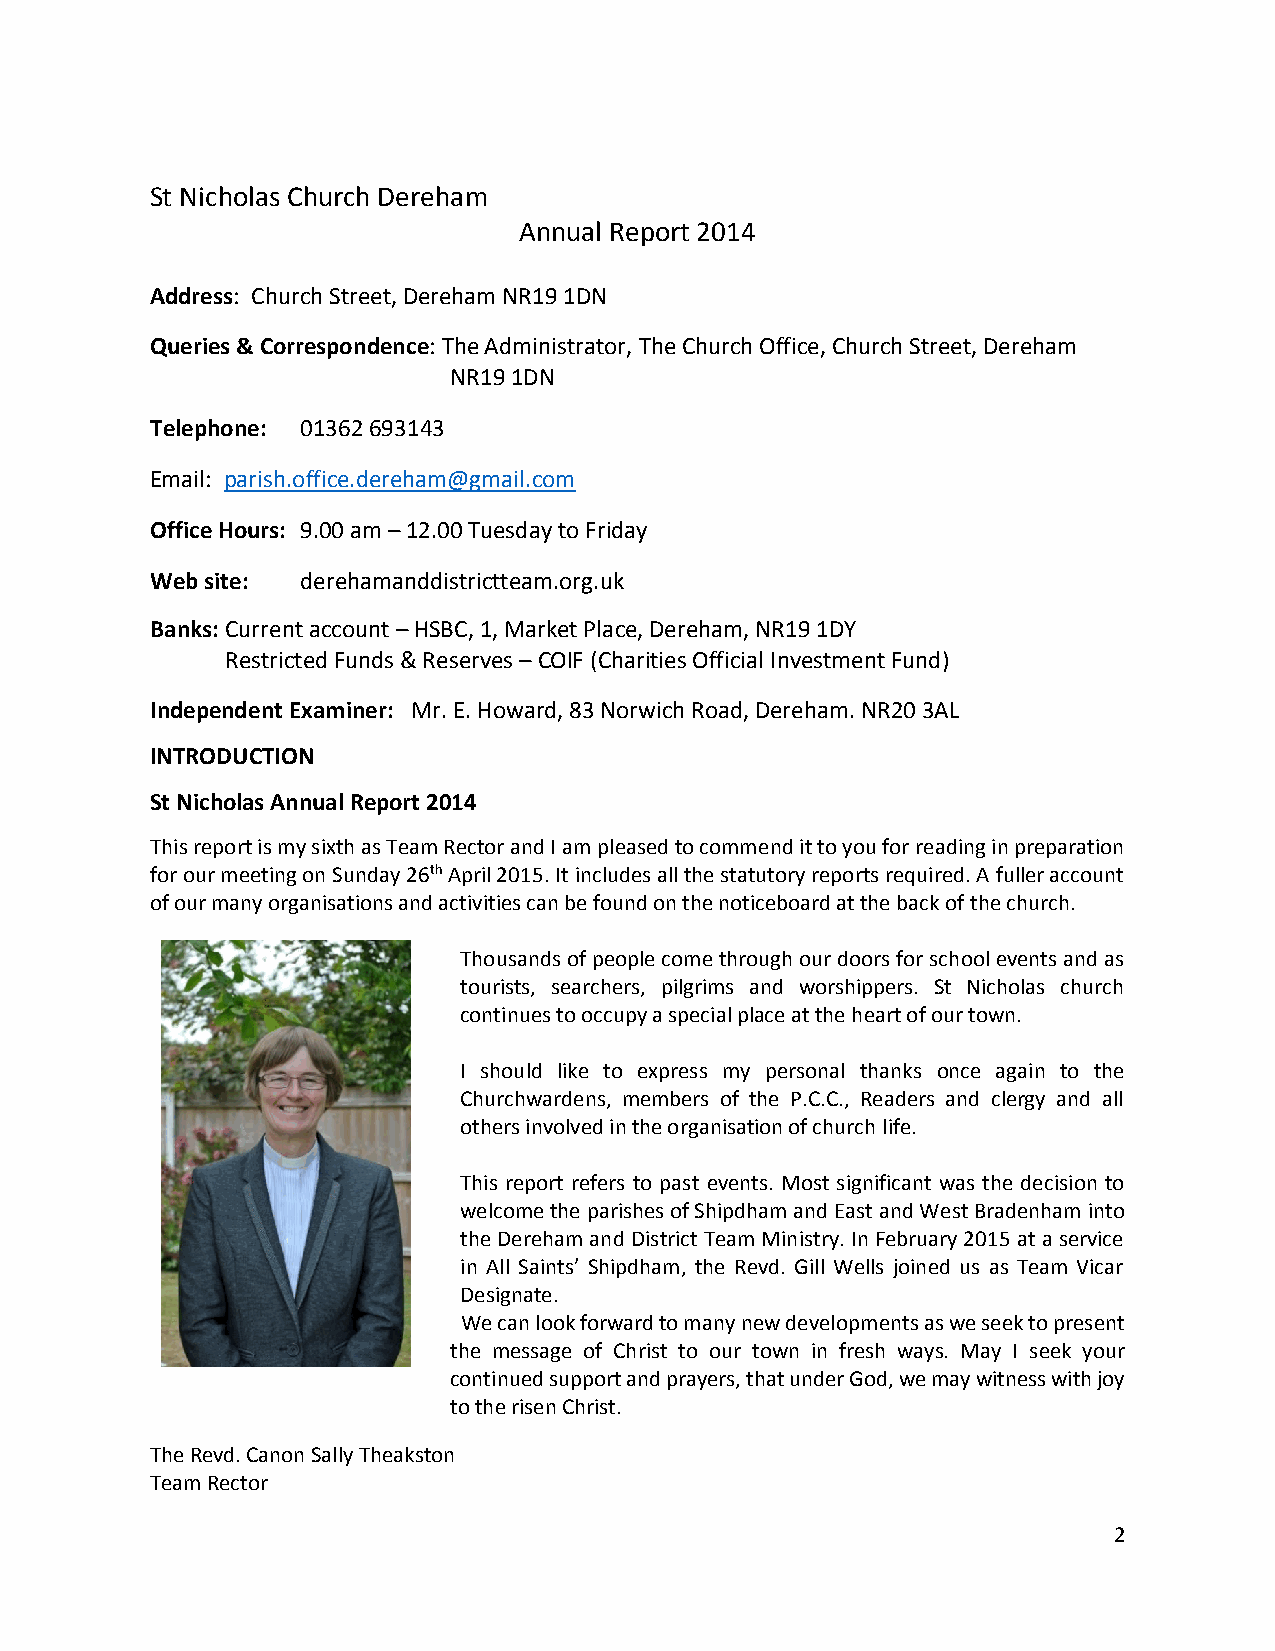
St Nicholas Church Dereham
 Annual Report 2014
 Address: Church Street, Dereham NR19 1DN
 Queries & Correspondence: The Administrator, The Church Office, Church Street, Dereham
 NR19 1DN
 Telephone: 01362 693143
 Email: parish.office.dereham@gmail.com
 Office Hours: 9.00 am – 12.00 Tuesday to Friday
 Web site: derehamanddistrictteam.org.uk
 Banks: Current account – HSBC, 1, Market Place, Dereham, NR19 1DY
 Restricted Funds & Reserves – COIF (Charities Official Investment Fund)
 Independent Examiner: Mr. E. Howard, 83 Norwich Road, Dereham. NR20 3AL
 INTRODUCTION
 St Nicholas Annual Report 2014
 This report is my sixth as Team Rector and I am pleased to commend it to you for reading in preparation
 for our meeting on Sunday 26th April 2015. It includes all the statutory reports required. A fuller account
 of our many organisations and activities can be found on the noticeboard at the back of the church.
 Thousands of people come through our doors for school events and as
 tourists, searchers, pilgrims and worshippers. St Nicholas church
 continues to occupy a special place at the heart of our town.
 I should like to express my personal thanks once again to the
 Churchwardens, members of the P.C.C., Readers and clergy and all
 others involved in the organisation of church life.
 This report refers to past events. Most significant was the decision to
 welcome the parishes of Shipdham and East and West Bradenham into
 the Dereham and District Team Ministry. In February 2015 at a service
 in All Saints’ Shipdham, the Revd. Gill Wells joined us as Team Vicar
 Designate.
 We can look forward to many new developments as we seek to present
 the message of Christ to our town in fresh ways. May I seek your
 continued support and prayers, that under God, we may witness with joy
 to the risen Christ.
 The Revd. Canon Sally Theakston
 Team Rector
 2